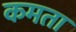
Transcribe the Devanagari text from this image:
कमता